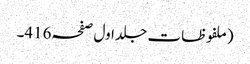
(ملفوظات جلد اول صفحہ416۔